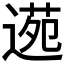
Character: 𮞫